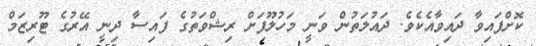
ކޮށްފައިވާ ދައިވާއެކެވެ. ދައުލަތުން ވަނީ މަހުލޫފަށް ރިޝްވަތުގެ ފައިސާ ދިނީ އޭރުގެ ޓޫރިޒަމް